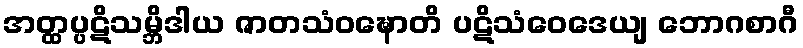
အတ္ထပ္ပဋိသမ္ဘိဒါယ ဇာတသံဝဍ္ဎောတိ ပဋိသံဝေဒေယျ ဘောဂစာဂီ